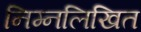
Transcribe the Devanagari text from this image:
निम्‍नलिखित